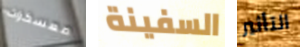
معسكرات السفينة التأثير